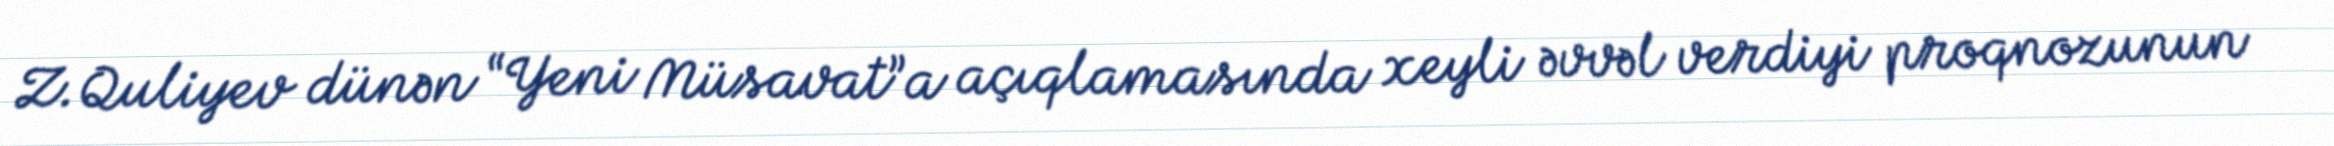
Z.Quliyev dünən “Yeni Müsavat”a açıqlamasında xeyli əvvəl verdiyi proqnozunun